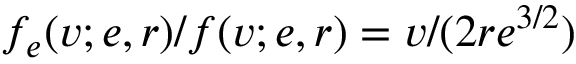
f _ { e } ( v ; e , r ) / f ( v ; e , r ) = v / ( 2 r e ^ { 3 / 2 } )